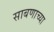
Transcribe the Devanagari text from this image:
साबणाच्या